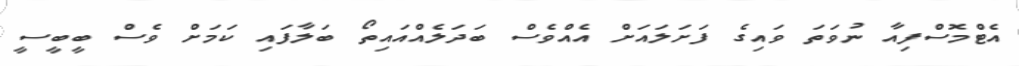
އެޓްމޮސްފިއާ ނުވަތަ ވައިގެ ފަށަލައަށް އެއްވެސް ބަދަލެއްއައިތޯ ބަލާފައި ކަމަށް ވެސް ބީބީސީ